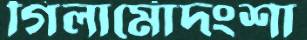
গিলার্মোদংশা